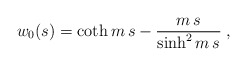
\begin{align*}w_0(s)= \coth m\,s -\frac{m\,s}{\sinh^2 m\,s}\;,\end{align*}